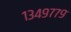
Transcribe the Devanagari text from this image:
१३४९७७९